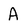
Character: A